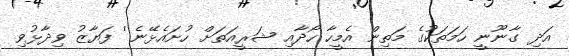
އަދި ގާނޫނީ ހަމަތަކުގެ މަތިން އެމީހާ ހޯދާއި ޝަރީއަތަށް ހުށައެޅޭނެ'' ފަޔާޒު ވިދާޅުވި